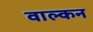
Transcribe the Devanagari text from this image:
वाल्कन